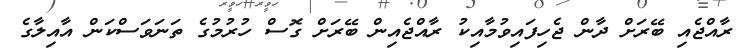
ރާއްޖެއި ބޭރަށް ދާން ޖެހިފައިވުމާއިކު ރާއްޖެއިން ބޭރަށް ގޮސް ހުރުމުގެ ތަނަވަސްކަން އާއިލާގެ